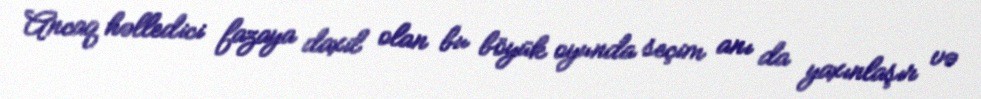
Ancaq həlledici fazaya daxil olan bu böyük oyunda seçim anı da yaxınlaşır və